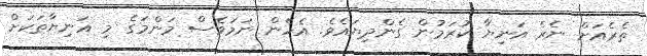
ތެރެއަށް ނެރެ އަނިޔާ ކުރަމުން ގެންދިޔައެވެ. އެހެން ނަމަވެސް މަންމަގެ މި އަނިޔާތަކަށް